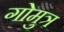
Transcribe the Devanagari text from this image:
गोमुत्र